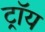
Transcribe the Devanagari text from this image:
ट्राॅय